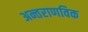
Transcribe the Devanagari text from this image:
अन्तराणविक